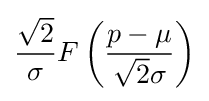
{\frac {\sqrt {2}}{\sigma }}F\left({\frac {p-\mu }{{\sqrt {2}}\sigma }}\right)